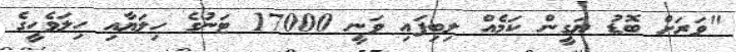
"ވަރަށް ބޮޑު ޔަގީން ކަމެއް ލިބިފައި ވަނީ 17000 ޓަނުގެ ހިލަޔާއި ހިލަވެހީގެ